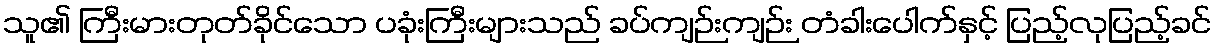
သူ၏ ကြီးမားတုတ်ခိုင်သော ပခုံးကြီးများသည် ခပ်ကျဉ်းကျဉ်း တံခါးပေါက်နှင့် ပြည့်လုပြည့်ခင်